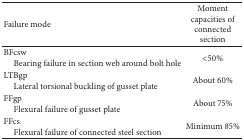
<table><thead><tr><td><b>Failure mode</b></td><td><b>Moment capacities of connected section</b></td></tr></thead><tbody><tr><td>BFcsw Bearing failure in section web around bolt hole</td><td>&lt;50%</td></tr><tr><td>LTBgp Lateral torsional buckling of gusset plate</td><td>About 60%</td></tr><tr><td>FFgp Flexural failure of gusset plate</td><td>About 75%</td></tr><tr><td>FFcs Flexural failure of connected steel section</td><td>Minimum 85%</td></tr></tbody></table>